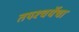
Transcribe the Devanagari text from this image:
तपश्‍चर्येचा